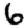
Digit: 6